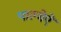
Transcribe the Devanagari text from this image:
पाल्मेऐ